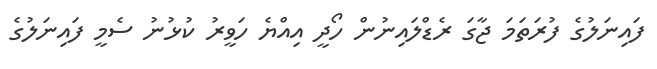
ފައިނަލުގެ ފުރަތަމަ ޖާގަ ރެޑްލައިނުން ހޯދީ އިއްޔެ ހަވީރު ކުޅުނު ސެމީ ފައިނަލުގެ